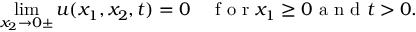
\operatorname* { l i m } _ { x _ { 2 } \rightarrow 0 \pm } u ( x _ { 1 } , x _ { 2 } , t ) = 0 \quad \textrm { f o r } x _ { 1 } \geq 0 \textrm { a n d } t > 0 .